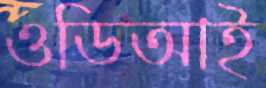
ওডিআই